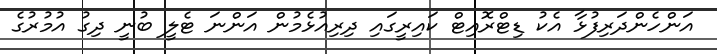
އަންހެންދަރިފުޅާ އެކު ޑިޓްރޮއިޓް ކައިރީގައި ދިރިއުޅެމުން އަންނަ ޓެލީ ބުނީ ދިގު އުމުރުގެ